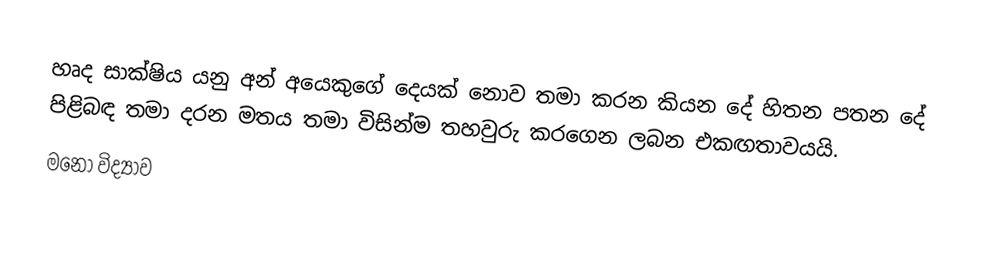
හෘද සාක්ෂිය යනු අන් අයෙකුගේ දෙයක් නොව තමා කරන කියන දේ හිතන පතන දේ පිළිබඳ තමා දරන මතය තමා විසින්ම තහවුරු කරගෙන ලබන එකඟතාවයයි.
මනෝ විද්‍යාව